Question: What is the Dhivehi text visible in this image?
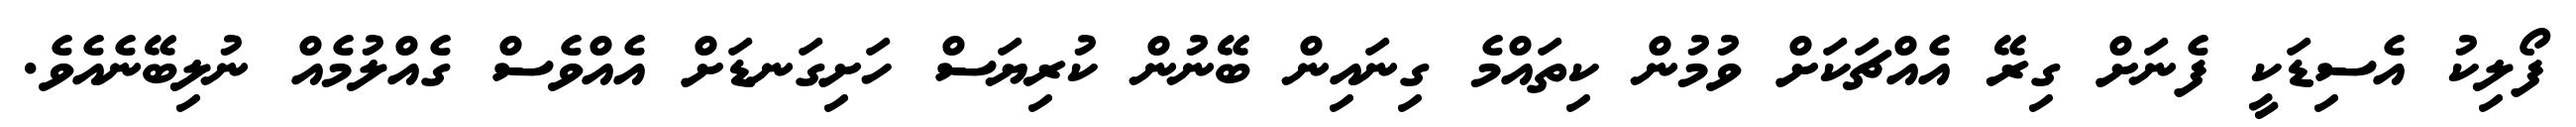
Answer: ފޯލިކު އެސިޑަކީ ފެނަށް ގިރޭ އެއްޗަކަށް ވުމުން ކިތައްމެ ގިނައިން ބޭނުން ކުރިޔަސް ހަށިގަނޑަށް އެއްވެސް ގެއްލުމެއް ނުލިބޭނެއެވެ.